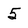
Character: 5